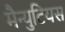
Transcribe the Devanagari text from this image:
मैन्युटियस